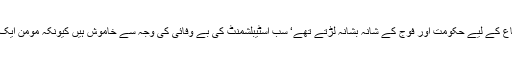
لیکن اب وہ لوگ‘ جو ملک کے دفاع کے لیے حکومت اور فوج کے شانہ بشانہ لڑتے تھے‘ سب اسٹیبلشمنٹ کی بے وفائی کی وجہ سے خاموش ہیں کیونکہ مومن ایک سوراخ سے دو بار نہیں ڈسا جاتا۔